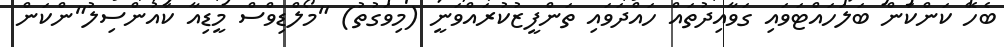
ބެހޭ ކަންކަން ބަލަހައްޓަވައި ގަވާއިދުތައް ހައްދަވައި ތަންފީޒުކުރައްވަނީ (މިވަގުތު) "މޯލްޑިވްސް މީޑިއާ ކައުންސިލު"ންކަން